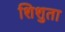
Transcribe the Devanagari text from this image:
शिशुता